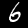
Digit: 6